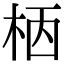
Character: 𣐸